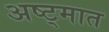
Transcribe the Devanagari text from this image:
अष्ट्मात